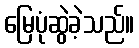
မြေပုံဆွဲခဲ့သည်။